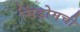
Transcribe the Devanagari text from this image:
सिंड्रोमची